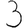
Digit: 3